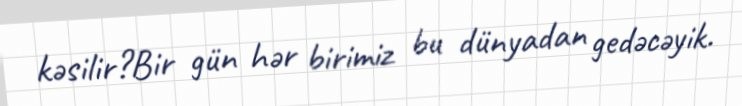
kəsilir?Bir gün hər birimiz bu dünyadan gedəcəyik.